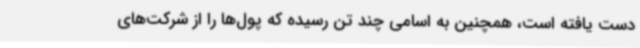
دست یافته است، همچنین به اسامی چند تن رسیده که پول‌ها را از شرکت‌های